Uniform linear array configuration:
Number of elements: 12
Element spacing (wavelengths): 0.5
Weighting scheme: exponential
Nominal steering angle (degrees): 60
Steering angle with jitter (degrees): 60.268
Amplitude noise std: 0.05
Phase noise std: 0.05

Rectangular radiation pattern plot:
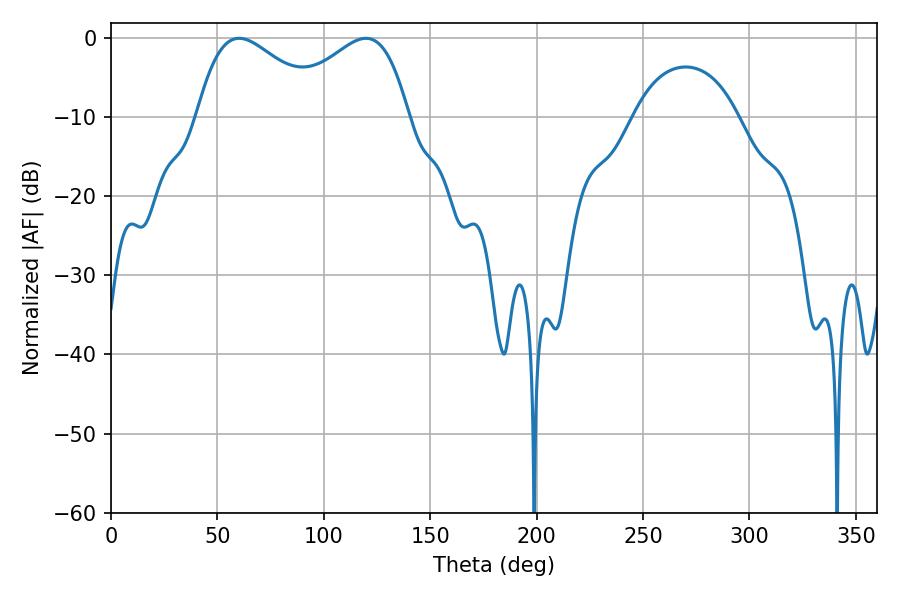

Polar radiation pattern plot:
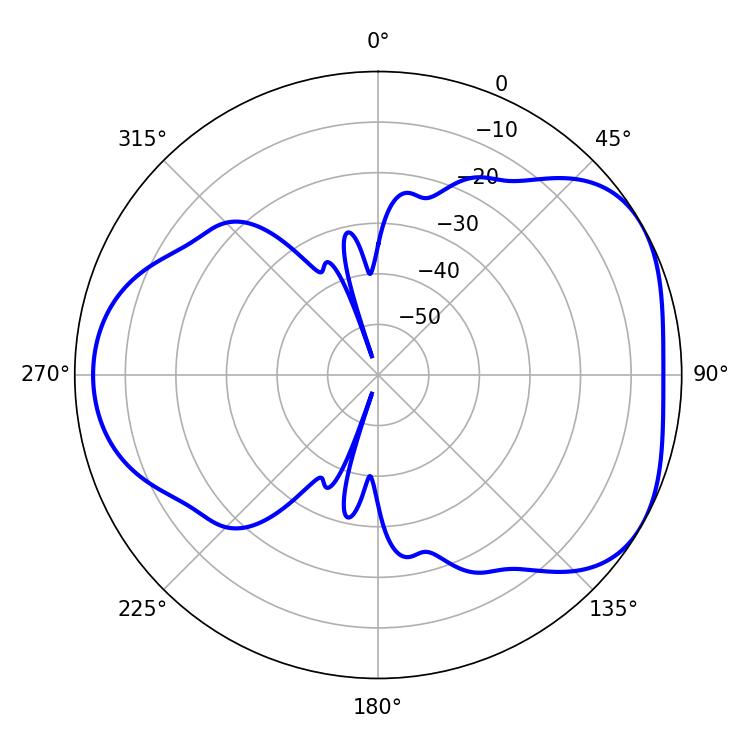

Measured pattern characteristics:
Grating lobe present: FALSE
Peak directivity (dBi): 4.41
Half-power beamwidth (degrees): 32.58
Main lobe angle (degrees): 60.12